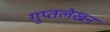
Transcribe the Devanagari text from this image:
गुप्तलेखन